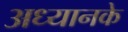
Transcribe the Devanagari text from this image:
अध्यानके